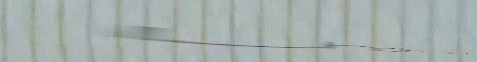
Under New Mgmt